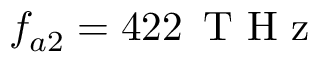
f _ { a 2 } = 4 2 2 \, \mathrm { ~ T ~ H ~ z ~ }